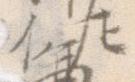
佐